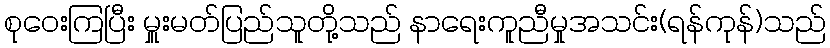
စုဝေးကြပြီး မှူးမတ်ပြည်သူတို့သည် နာရေးကူညီမှုအသင်း(ရန်ကုန်)သည်